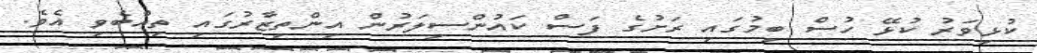
ކުޅިވަރު ކުޅޭ ހުސް ބިމުގައި ރަށުގެ ފަސް ކައުންސިލަރުން އިންތިޒާރުގައި ތިއްބެވި އެވެ.